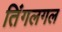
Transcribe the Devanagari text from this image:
तिंगलगल